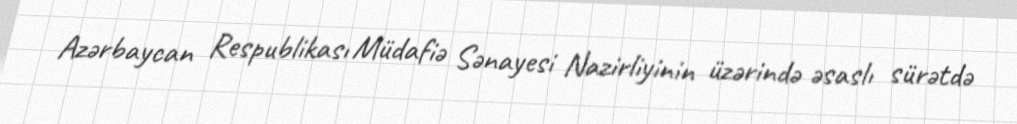
Azərbaycan Respublikası Müdafiə Sənayesi Nazirliyinin üzərində əsaslı sürətdə